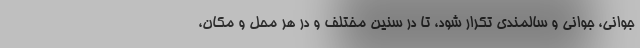
جوانی، جوانی و سالمندی تکرار شود، تا در سنین مختلف و در هر محل و مکان،